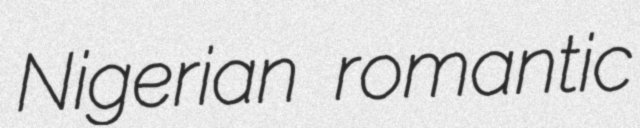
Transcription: Nigerian romantic